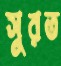
সুরত